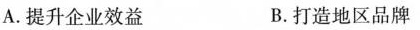
A.提升企业效益 B.打造地区品牌